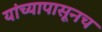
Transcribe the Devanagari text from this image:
यांच्यापासूनच